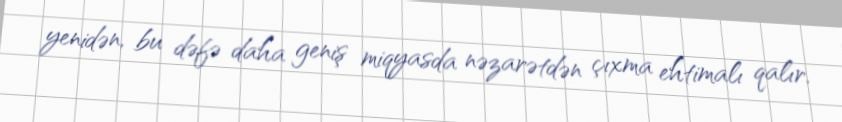
yenidən, bu dəfə daha geniş miqyasda nəzarətdən çıxma ehtimalı qalır.